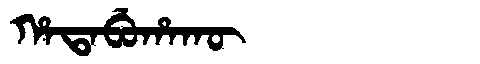
Manchu: ᡥᠠᡨᠠᠪᡠᡥᠠᡴᡡ
Romanization: HATABUHAKŪ